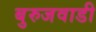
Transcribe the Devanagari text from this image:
बुरुजवाडी